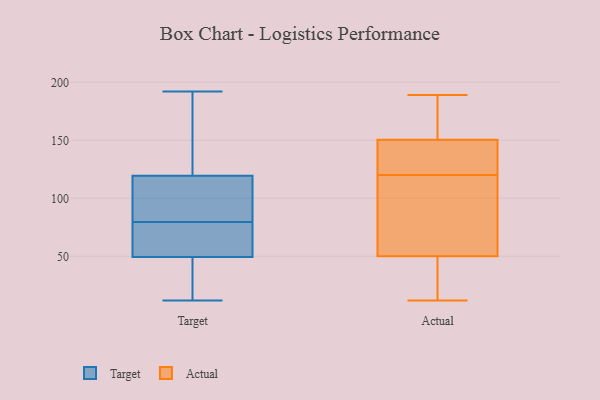
{"axis": {"x": "Active Users", "y": "Value"}, "legend": ["Actual", "Target"], "data": [{"x": "", "y": 145, "type": "Target"}, {"x": "", "y": 65, "type": "Target"}, {"x": "", "y": 20, "type": "Target"}, {"x": "", "y": 94, "type": "Target"}, {"x": "", "y": 59, "type": "Target"}, {"x": "", "y": 192, "type": "Target"}, {"x": "", "y": 12, "type": "Target"}, {"x": "", "y": 74, "type": "Target"}, {"x": "", "y": 85, "type": "Target"}, {"x": "", "y": 40, "type": "Target"}, {"x": "", "y": 90, "type": "Target"}, {"x": "", "y": 184, "type": "Target"}, {"x": "", "y": 12, "type": "Actual"}, {"x": "", "y": 172, "type": "Actual"}, {"x": "", "y": 156, "type": "Actual"}, {"x": "", "y": 189, "type": "Actual"}, {"x": "", "y": 36, "type": "Actual"}, {"x": "", "y": 145, "type": "Actual"}, {"x": "", "y": 134, "type": "Actual"}, {"x": "", "y": 64, "type": "Actual"}, {"x": "", "y": 30, "type": "Actual"}, {"x": "", "y": 106, "type": "Actual"}, {"x": "", "y": 140, "type": "Actual"}, {"x": "", "y": 99, "type": "Actual"}]}